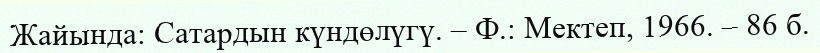
Жайында: Сатардын күндөлүгү. – Ф.: Мектеп, 1966. – 86 б.